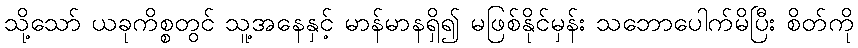
သို့သော် ယခုကိစ္စတွင် သူ့အနေနှင့် မာန်မာနရှိ၍ မဖြစ်နိုင်မှန်း သဘောပေါက်မိပြီး စိတ်ကို